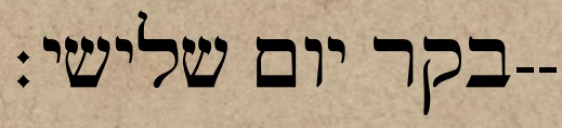
בקר יום שלישי׃--